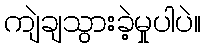
ကျဲချသွားခဲ့မှုပါပဲ။